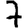
Digit: 7